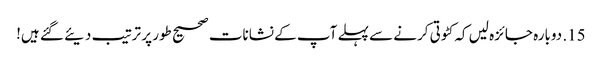
15. دوبارہ جائزہ لیں کہ کٹوتی کرنے سے پہلے آپ کے نشانات صحیح طور پر ترتیب دیئے گئے ہیں!